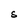
Character: S